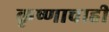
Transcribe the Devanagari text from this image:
कृष्णाचाही